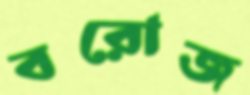
বরোজ